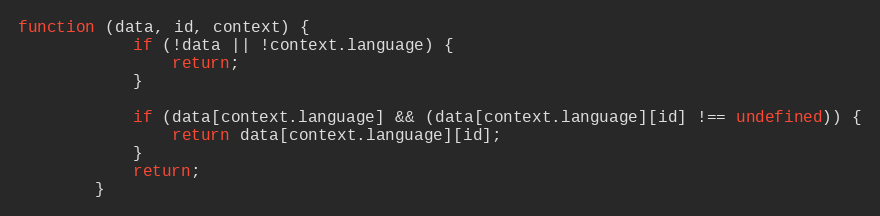
Language: JavaScript
function (data, id, context) {
            if (!data || !context.language) {
                return;
            }

            if (data[context.language] && (data[context.language][id] !== undefined)) {
                return data[context.language][id];
            }
            return;
        }